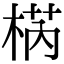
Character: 𣓃